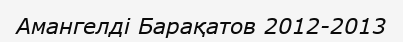
Амангелді Барақатов 2012-2013